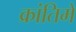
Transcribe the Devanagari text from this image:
क्रांतिमें